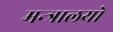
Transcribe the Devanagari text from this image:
मन्त्रालयो